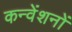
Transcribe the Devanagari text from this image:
कन्वेंशनों